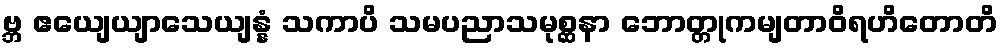
ဗ္ဘ ဧယျေယျာသေယျန္နံ သကာပိ သမပညာသမုစ္ဆနာ ဘောတ္တုကမျတာဝိရဟိတောတိ